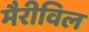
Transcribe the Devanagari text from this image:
मैरीविल